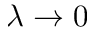
\lambda \rightarrow 0